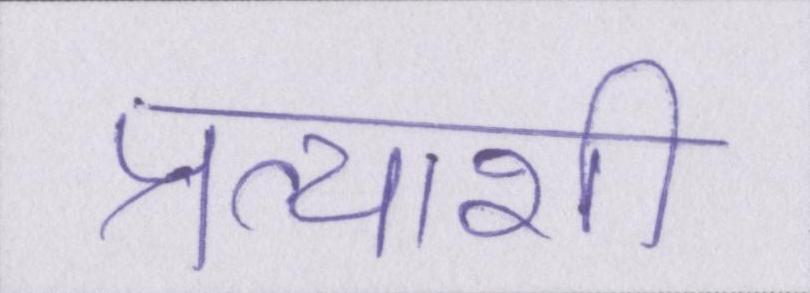
प्रत्याशी